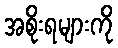
အစိုးရများကို